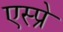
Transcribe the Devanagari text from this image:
एस्प्रे